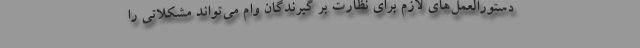
دستورالعمل‌های لازم برای نظارت بر گیرندگان وام می‌تواند مشکلاتی را